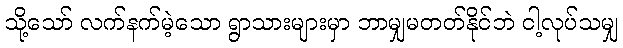
သို့သော် လက်နက်မဲ့သော ရွာသားများမှာ ဘာမျှမတတ်နိုင်ဘဲ ငါ့လုပ်သမျှ